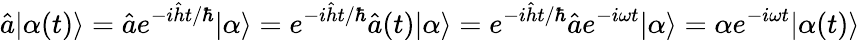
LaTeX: \hat{a}|\alpha(t)\rangle=\hat{a}e^{-i\hat{h}t/\hbar}|\alpha\rangle=e^{-i\hat{h}t/\hbar}\hat{a}(t)|\alpha\rangle=e^{-i\hat{h}t/\hbar}\hat{a}e^{-i\omega t}|\alpha\rangle=\alpha e^{-i\omega t}|\alpha(t)\rangle